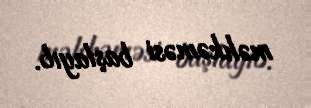
məhkəməsi başlayıb.